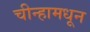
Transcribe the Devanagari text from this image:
चीन्हामधून